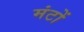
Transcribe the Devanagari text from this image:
मंटों